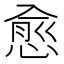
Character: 愈